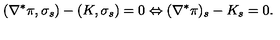
( \nabla ^ { \ast } \pi , \sigma _ { s } ) - ( K , \sigma _ { s } ) = 0 \Leftrightarrow ( \nabla ^ { \ast } \pi ) _ { s } - K _ { s } = 0 .